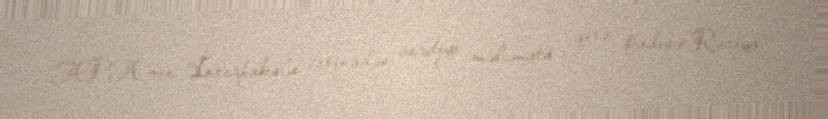
APA-nın “İnterfaks”a istinadən verdiyi məlumata görə, hadisə Rusiya